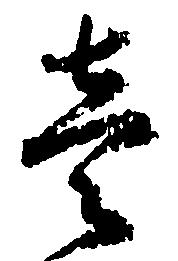
壱